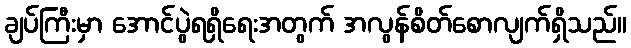
ချပ်ကြီးမှာ အောင်ပွဲရရှိရေးအတွက် အလွန်စိတ်စောလျက်ရှိသည်။